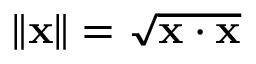
\| \mathbf { x } \| = { \sqrt { \mathbf { x } \cdot \mathbf { x } } }